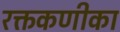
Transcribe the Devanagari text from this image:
रक्तकणीका